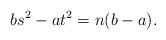
LaTeX: \begin{align*}b s^{2}-a t^{2}=n(b-a) .\end{align*}